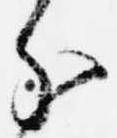
分